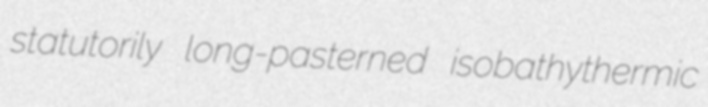
statutorily long-pasterned isobathythermic